Annual report on the mental hospital in the Central Provinces and Berar (Nagpur) - 1927-1951
Year: 1927
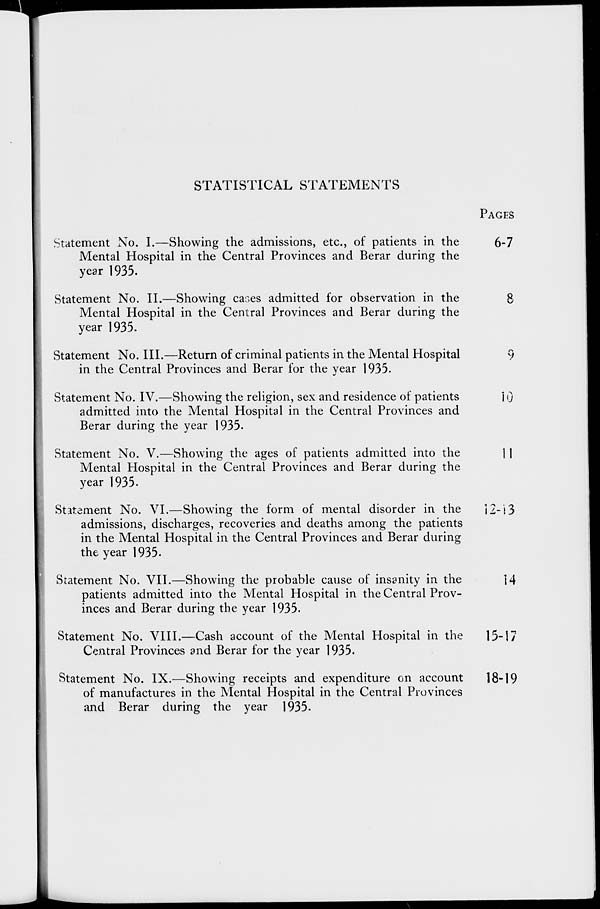
STATISTICAL STATEMENTS
Statement No. I.—Showing the admissions, etc., of patients in the
Mental Hospital in the Central Provinces and Berar during the
year 1935.
Statement No. II.—Showing cases admitted for observation in the
Mental Hospital in the Central Provinces and Berar during the
year 1935.
Statement No. III.—Return of criminal patients in the Mental Hospital
in the Central Provinces and Berar for the year 1935.
Statement No. IV.—Showing the religion, sex and residence of patients
admitted into the Mental Hospital in the Central Provinces and
Berar during the year 1935.
Statement No. V.—Showing the ages of patients admitted into the
Mental Hospital in the Central Provinces and Berar during the
year 1935.
Statement No. VI.—Showing the form of mental disorder in the
admissions, discharges, recoveries and deaths among the patients
in the Mental Hospital in the Central Provinces and Berar during
the year 1935.
Statement No. VII.—Showing the probable cause of insanity in the
patients admitted into the Mental Hospital in the Central Prov-
inces and Berar during the year 1935.
Statement No. VIII.—Cash account of the Mental Hospital in the
Central Provinces and Berar for the year 1935.
Statement No. IX.—Showing receipts and expenditure on account
of manufactures in the Mental Hospital in the Central Provinces
and Berar during the year 1935.
PAGES
6-7
8
9
10
11
12-13
14
15-17
18-19